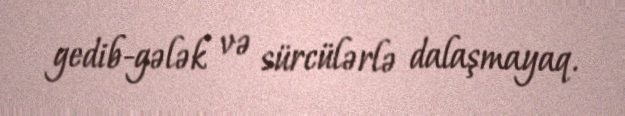
gedib-gələk və sürcülərlə dalaşmayaq.